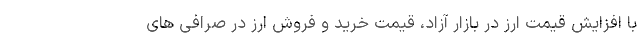
با افزایش قیمت ارز در بازار آزاد، قیمت خرید و فروش ارز در صرافی های